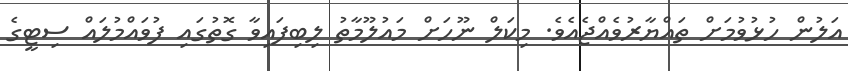
އަލުން ހުޅުވުމަށް ތައްޔާރުވެއްޖެއެވެ. މިކަލް ނޫހަށް މައުލޫމާތު ލިބިފައިވާ ގޮތުގައި ފުވައްމުލައް ސިޓީގެ